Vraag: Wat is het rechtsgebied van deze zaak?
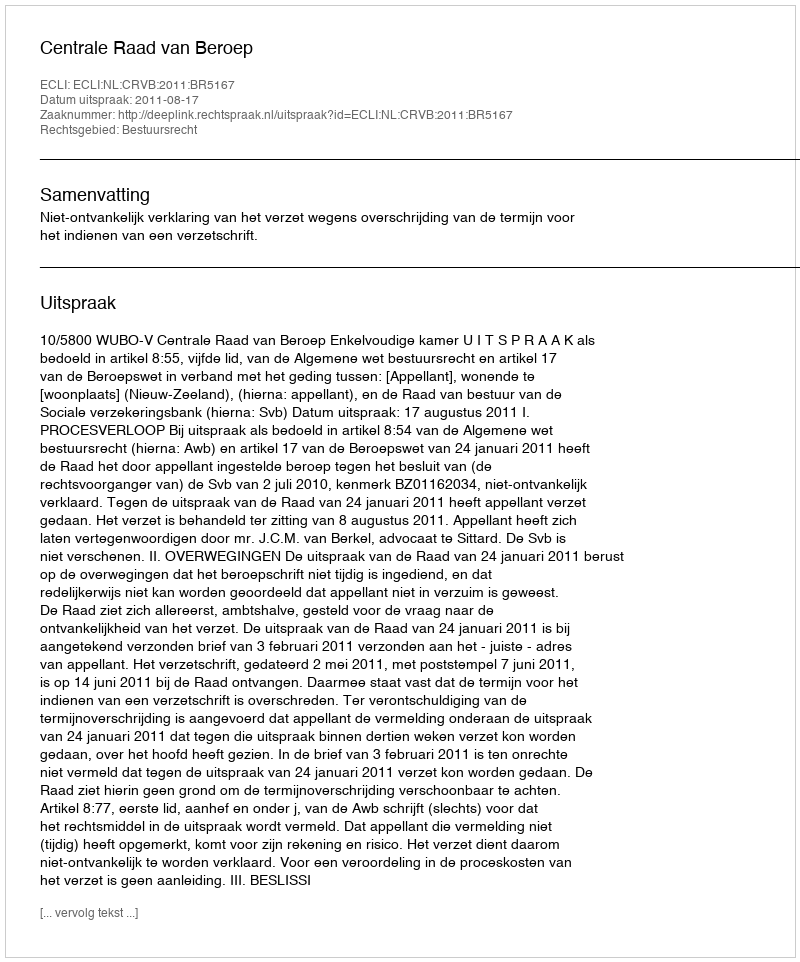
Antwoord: Bestuursrecht